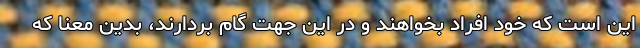
این است که خود افراد بخواهند و در این جهت گام بردارند، بدین معنا که